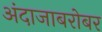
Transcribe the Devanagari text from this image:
अंदाजाबरोबर